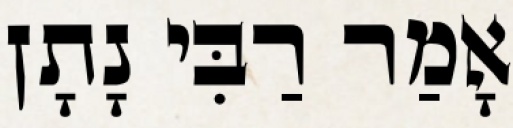
אָמַר רַבִּי נָתָן